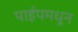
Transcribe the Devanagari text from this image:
पाईपमधून